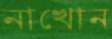
নাখোন